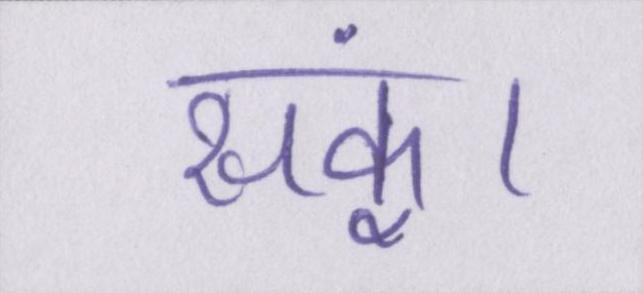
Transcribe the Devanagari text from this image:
सकूं।